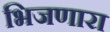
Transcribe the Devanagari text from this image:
भिजणारा